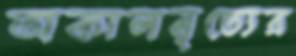
অকালমৃত্যের